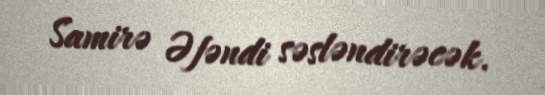
Samirə Əfəndi səsləndirəcək.